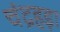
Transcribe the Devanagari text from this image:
चंद्रहड़ा